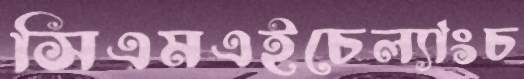
সিএমএইচেল্যাংচ